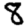
Digit: 8